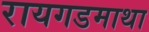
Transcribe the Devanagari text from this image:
रायगडमाथा